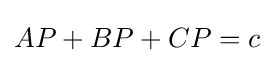
AP+BP+CP=c